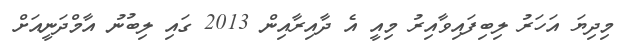
މިދިޔަ އަހަރު ލިބިފައިވާއިރު މިއީ އެ ދާއިރާއިން 2013 ގައި ލިބުނު އާމްދަނީއަށް